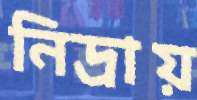
নিদ্রায়